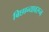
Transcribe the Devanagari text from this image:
बिछान्यावरून